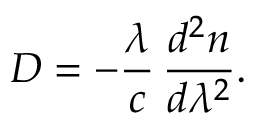
D = - { \frac { \lambda } { c } } \, { \frac { d ^ { 2 } n } { d \lambda ^ { 2 } } } .